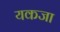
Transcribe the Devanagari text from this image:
यकजा